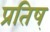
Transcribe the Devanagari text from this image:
प्रतिष्